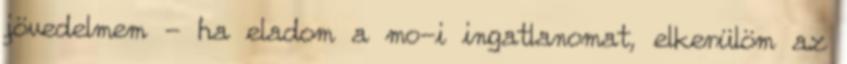
jövedelmem - ha eladom a mo-i ingatlanomat, elkerülöm az